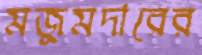
মজুমদারের